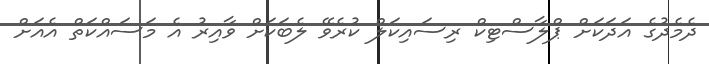
ދެމެދުގެ އަދަކަށް ޕްލާސްޓިކް ރިސައިކަލް ކުރެވޭ ލެބަކަށް ވާއިރު އެ މަސައްކަތް އެއަށް